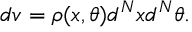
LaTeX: d v = \rho ( x , \theta ) d ^ { N } x d ^ { N } \theta .